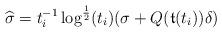
LaTeX: \begin{align*} \widehat{\sigma} = t_i^{-1} \log^{\frac12}(t_i) (\sigma + Q({\frak t}(t_i)) \delta) \end{align*}